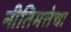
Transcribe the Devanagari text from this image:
नीतिमत्तेचा